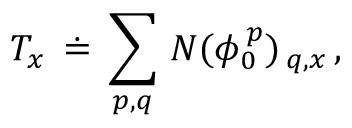
{ \cal T } _ { x } \, \doteq \, \sum _ { p , q } \, { \cal N } ( \phi _ { 0 } ^ { \, p } ) _ { \, q , x } \, ,